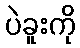
ပဲခူးကို